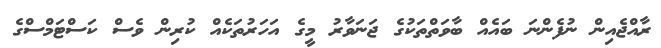
ރާއްޖެއިން ނުފެންނަ ބައެއް ބާވަތްތަކުގެ ޖަނަވާރު މީގެ އަހަރުތަކެއް ކުރިން ވެސް ކަސްޓަމްސްގެ